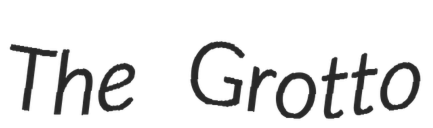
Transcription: The Grotto